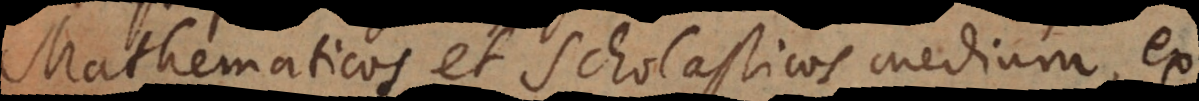
Mathematicos et Scholasticos medium, ex